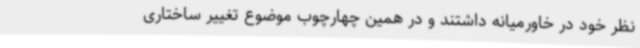
نظر خود در خاورمیانه داشتند و در همین چهارچوب موضوع تغییر ساختاری